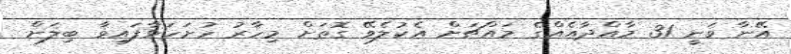
އޭނާ ވަނީ 31 މާއްދާއެއްގެ މައްޗަށް އެކުލެވޭ ގޮތަށް މިހާރު ހުށަހަޅާފައިވާ ބިލަށް